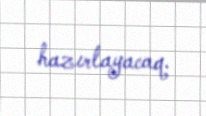
hazırlayacaq.